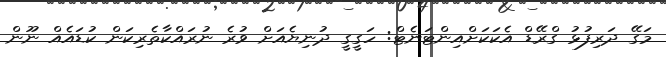
މަގޭ ދަރިފުޅު ގްރޭޑް އެކަކަށްއިންޓަނެޓް: ހަގީގީ ދުނިޔެއަށް ވުރެ ނުރައްކާތެރިކަން ކުޑައެއް ނޫން